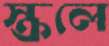
স্ক্রলে